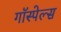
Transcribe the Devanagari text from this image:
गॉस्पेल्स